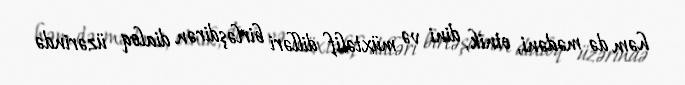
həm də mədəni, etnik, dini və müxtəlif dilləri birləşdirən dialoq üzərində